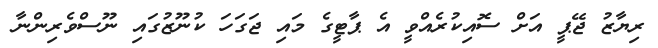
ރިޔާޒު ޖޭޕީ އަށް ސޮއިކުރެއްވީ އެ ޕާޓީގެ މައި ޖަގަހަ ކުނޫޒުގައި ނޫސްވެރިންނާ